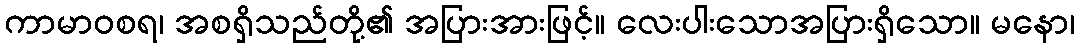
ကာမာဝစရ၊ အစရှိသည်တို့၏ အပြားအားဖြင့်။ လေးပါးသောအပြားရှိသော။ မနော၊